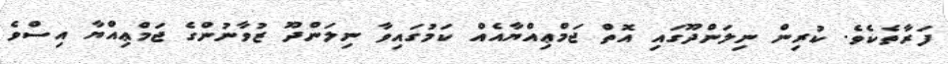
ފަރާތެކެވެ. ކުރިން ނިލަންދޫގައި އޮތް ޖަމްޢިއްޔާއެއް ކަމުގައިވާ ނިލަންދޫ ޒުވާނުންގެ ޖަމްޢިއްޔާ އިސްވެ